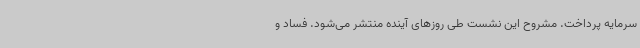
سرمایه پرداخت. مشروح این نشست طی روزهای آینده منتشر می‌شود. فساد و